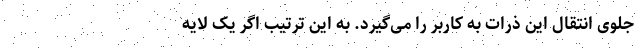
جلوی انتقال این ذرات به کاربر را می‌گیرد. به این ترتیب اگر یک لایه